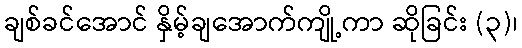
ချစ်ခင်အောင် နှိမ့်ချအောက်ကျို့ကာ ဆိုခြင်း (၃)၊